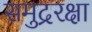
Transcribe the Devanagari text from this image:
समुद्ररक्षा